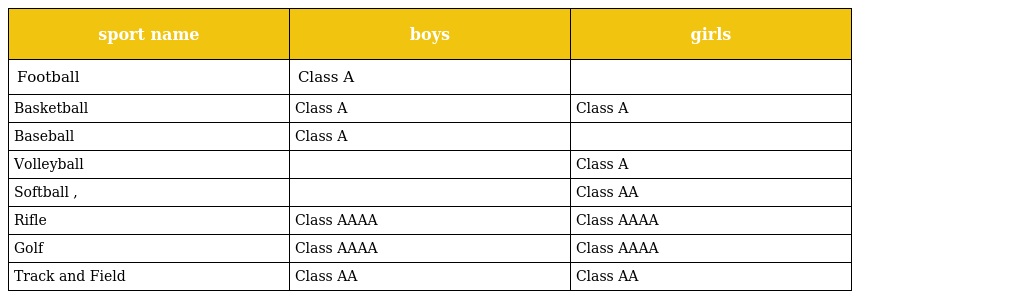
| sport name | boys | girls |
 | --- | --- | --- |
 | Football | Class A |  |
 | Basketball | Class A | Class A |
 | Baseball | Class A |  |
 | Volleyball |  | Class A |
 | Softball , |  | Class AA |
 | Rifle | Class AAAA | Class AAAA |
 | Golf | Class AAAA | Class AAAA |
 | Track and Field | Class AA | Class AA |